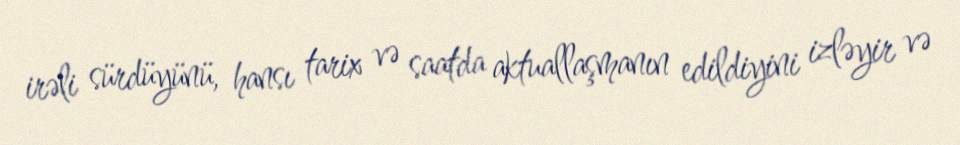
irəli sürdüyünü, hansı tarix və saatda aktuallaşmanın edildiyini izləyir və